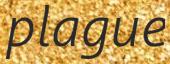
plague